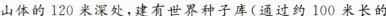
山体的120米深处，建有世界种子库（通过约100米长的